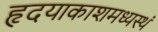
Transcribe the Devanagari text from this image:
हृदयाकाशमध्यस्थं